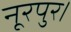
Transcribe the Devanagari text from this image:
नूरपुर।